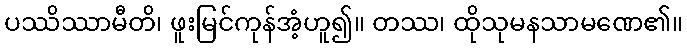
ပဿိဿာမီတိ၊ ဖူးမြင်ကုန်အံ့ဟူ၍။ တဿ၊ ထိုသုမနသာမဏေ၏။